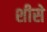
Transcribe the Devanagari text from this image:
शीसे